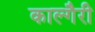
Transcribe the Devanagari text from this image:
काल्गैरी